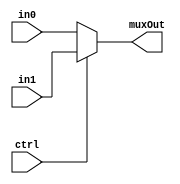
`timescale 1ns / 1ps
//////////////////////////////////////////////////////////////////////////////////
// Company: 
// Engineer: 
// 
// Design Name: 
// Module Name: mux
// Project Name: 
// Target Devices: 
// Tool Versions: 
// Description: 
// 
// Dependencies: 
// 
// Revision:
// Revision 0.01 - File Created
// Additional Comments:
// 
//////////////////////////////////////////////////////////////////////////////////


module mux #(parameter width=16)(
input [width-1:0]  in0,
input [width-1:0]  in1,
input   ctrl,
output [width-1:0] muxOut
);


assign muxOut = ctrl ? in1 : in0; 


endmodule